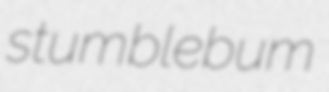
stumblebum